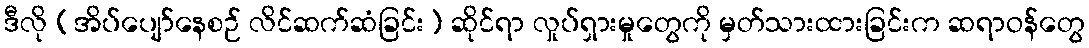
ဒီလို (အိပ်ပျော်နေစဉ် လိင်ဆက်ဆံခြင်း) ဆိုင်ရာ လှုပ်ရှားမှုတွေကို မှတ်သားထားခြင်းက ဆရာဝန်တွေ